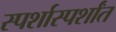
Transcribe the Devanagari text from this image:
स्पर्शास्पर्शांत